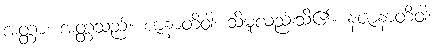
အတ္တာ၊ အတ္တသည်။ ဇာနာတိဝါ၊ သိမူလည်းသိ၏။ နဇာနာတိဝါ၊